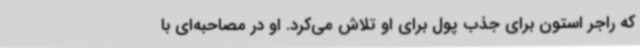
که راجر استون برای جذب پول برای او تلاش می‌کرد. او در مصاحبه‌ای با